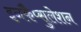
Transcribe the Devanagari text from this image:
इनकैप्सुलेशन